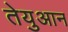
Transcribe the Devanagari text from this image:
तेयुआन